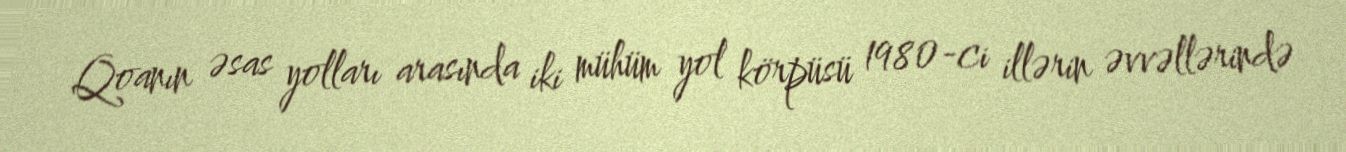
Qoanın əsas yolları arasında iki mühüm yol körpüsü 1980-ci illərin əvvəllərində